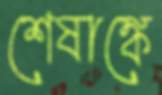
শেষাঙ্কে